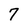
Character: 7